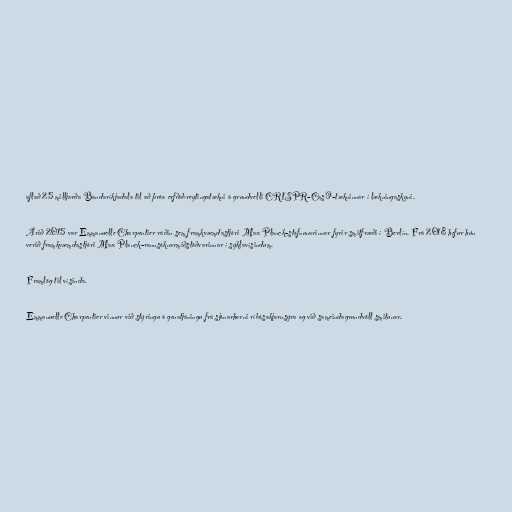
aflað 25 milljarða Bandaríkjadala til að þróa erfðabreytingatækni á grundvelli CRISPR-Cas9-tækninnar í lækningaskyni.

Árið 2015 var Emmanuelle Charpentier ráðin sem framkvæmdastjóri Max Planck-stofnunarinnar fyrir smitfræði í Berlín. Frá 2018 hefur hún
verið framkvæmdastjóri Max Planck-rannsóknarmiðstöðvarinnar í sýklavísindum.

Framlög til vísinda.

Emmanuelle Charpentier vinnur við stýringu á genatjáningu frá sjónarhorni ríbósakjarnsýra og við sameindagrundvöll smitunar.